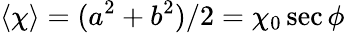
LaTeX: \langle\chi\rangle=(a^{2}+b^{2})/2=\chi_{0}\sec\phi